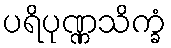
ပရိပုဏ္ဏသိက္ခံ